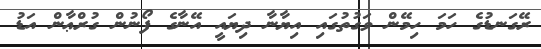
ރޭގަނޑުގެ ހަމަ ހިމޭން ވަގުތުގައި އިޔާނާ ދިޔައީ އޭނާގެ ފޯނުން ގުރްޢާން އަޑު